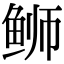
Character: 𫚕